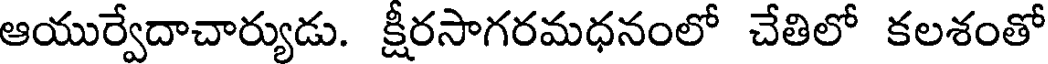
ఆయుర్వేదాచార్యుడు. క్షీరసాగరమధనంలో చేతిలో కలశంతో